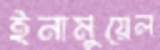
ইনামুয়েল